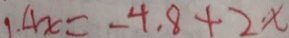
1 . 4 x = - 4 . 8 + 2 x